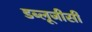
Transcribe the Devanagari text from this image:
डब्लूजीसी